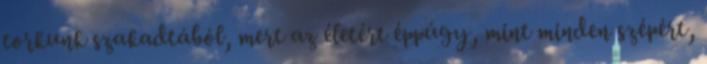
torkunk szakadtából, mert az életért éppúgy, mint minden szépért,